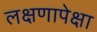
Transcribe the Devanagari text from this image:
लक्षणापेक्षा